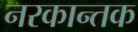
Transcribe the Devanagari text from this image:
नरकान्तक